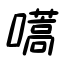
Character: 嚆